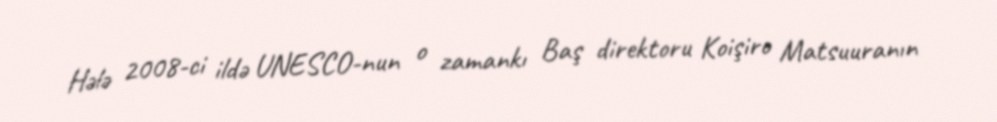
Hələ 2008-ci ildə UNESCO-nun o zamankı Baş direktoru Koişiro Matsuuranın